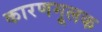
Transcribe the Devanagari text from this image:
कारणमूलक